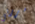
مررتي